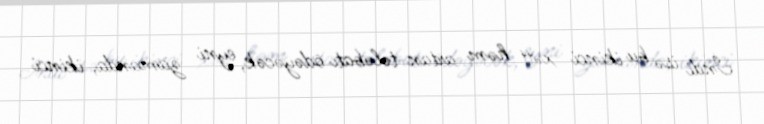
İndi isə bu ikinci xətt həm artan tələbatı ödəyəcək, eyni zamanda, ikinci